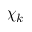
\chi _ { k }